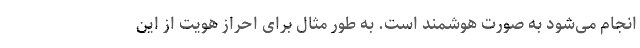
انجام می‌شود به صورت هوشمند است. به طور مثال برای احراز هویت از این